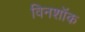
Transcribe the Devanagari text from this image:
विनशॉक